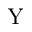
\mathrm { Y }